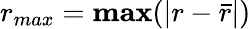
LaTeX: r_{max}=\textbf{max}(|r-\bar{r}|)